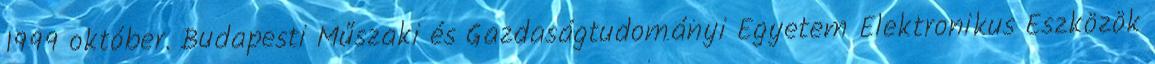
1999 október. Budapesti Műszaki és Gazdaságtudományi Egyetem Elektronikus Eszközök